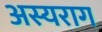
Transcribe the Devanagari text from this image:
अस्यराग